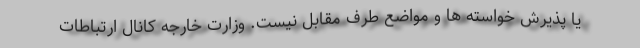
یا پذیرش خواسته ها و مواضع طرف مقابل نیست. وزارت خارجه کانال ارتباطات